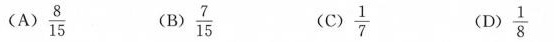
(A) \frac{8}{15} (B) \frac{7}{15} (c) \frac{1}{7} (D) \frac{1}{8}